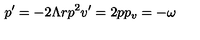
p ^ { \prime } = - 2 \Lambda r p ^ { 2 } v ^ { \prime } = 2 p p _ { v } = - \omega